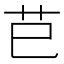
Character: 𦬊